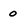
Character: 0